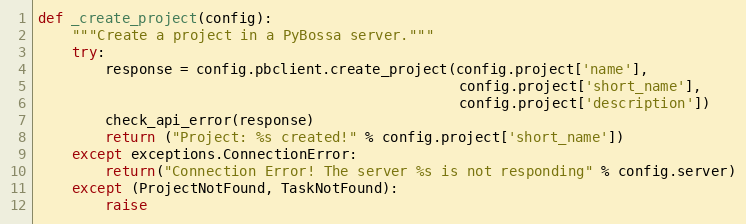
Language: Python
def _create_project(config):
    """Create a project in a PyBossa server."""
    try:
        response = config.pbclient.create_project(config.project['name'],
                                                  config.project['short_name'],
                                                  config.project['description'])
        check_api_error(response)
        return ("Project: %s created!" % config.project['short_name'])
    except exceptions.ConnectionError:
        return("Connection Error! The server %s is not responding" % config.server)
    except (ProjectNotFound, TaskNotFound):
        raise